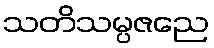
သတိသမ္ပဇညေ